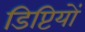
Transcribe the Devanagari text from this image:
डिप्टियों